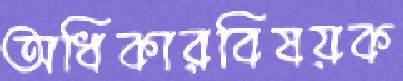
অধিকারবিষয়ক